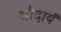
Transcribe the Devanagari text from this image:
औदार्यं